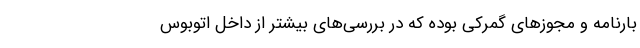
بارنامه و مجوزهای گمرکی بوده که در بررسی‌های بیشتر از داخل اتوبوس